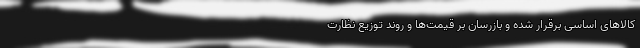
کالاهای اساسی برقرار شده و بازرسان بر قیمت‌ها و روند توزیع نظارت